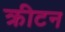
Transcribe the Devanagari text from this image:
क्रीटन